Trukikaitis_Postimees, lk 11
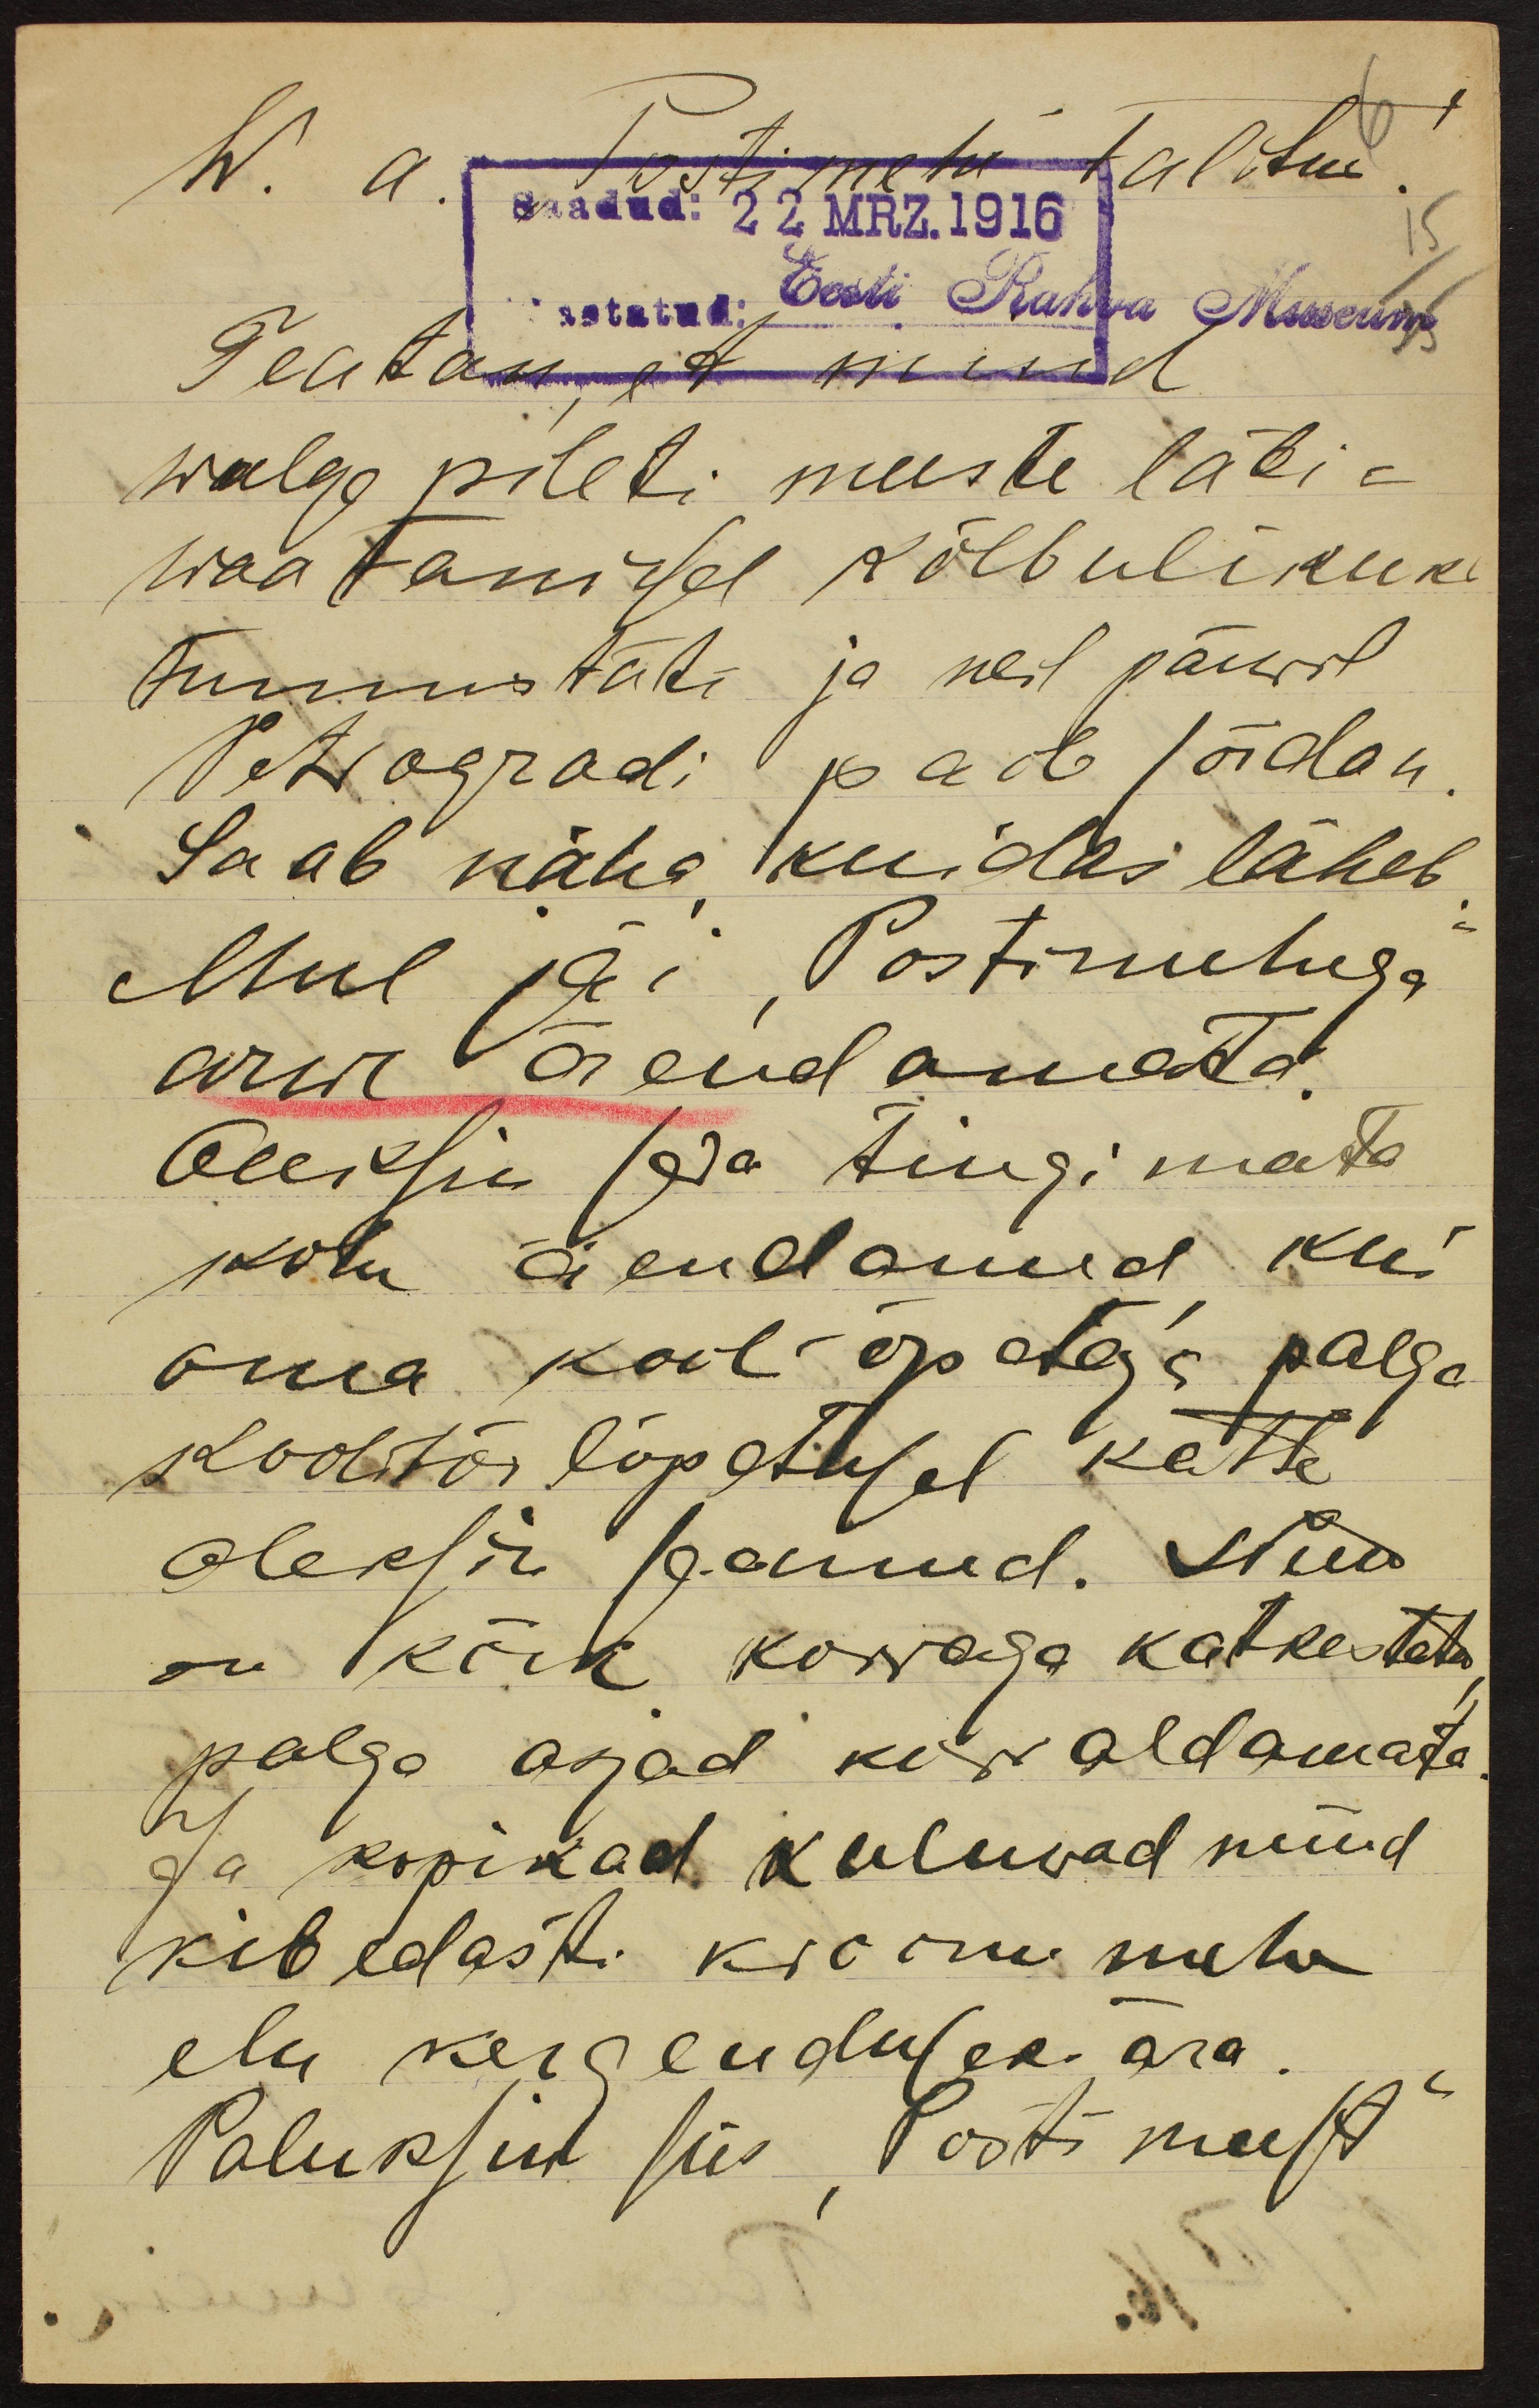
W. a. Postimehe talitus!
6
Saadud: 22 MRZ.1916
Eesti Rahva Museum
Teatan, et mind
walge pileti meeste läbi-
waatamisel kõlbulikuks
tunnistati ja neil päewil
Petrogradi poole sõidan
Saab näha kuidas läheb
Mul jäi Postimehega
arwe õiendamata
Oleksin ka tingimata
kohe õiendanud kui
oma kooliõpetaja palga
koolitõö lõpetusel kätte
oleksin saanud. Nüüd
on kõik korraga katkestatud
palga asjad korraldamata
Ja kopikad kuluwad nüüd
kibedasti kroonumehe
elu kergenduseks ära
Paluksin siis "Posti meest"